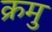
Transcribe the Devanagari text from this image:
क्रमु